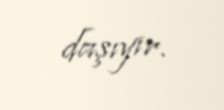
daşıyır.